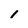
Character: 1